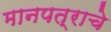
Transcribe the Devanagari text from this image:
मानपत्राचे